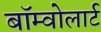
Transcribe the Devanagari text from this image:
बॉम्वोलार्ट